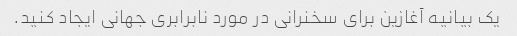
یک بیانیه آغازین برای سخنرانی در مورد نابرابری جهانی ایجاد کنید.